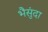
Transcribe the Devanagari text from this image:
भैसुंदा